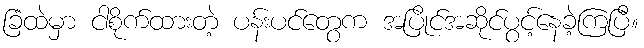
ခြံထဲမှာ ငါစိုက်ထားတဲ့ ပန်းပင်တွေက အပြိုင်အဆိုင်ပွင့်နေခဲ့ကြပြီ။